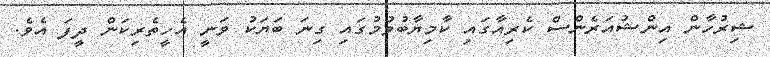
ޝިރުހާން އިންޝުއަރެންސް ކެރިއާގައި ކާމިޔާބުވުމުގައި ގިނަ ބަޔަކު ވަނީ އެހީތެރިކަން ދީފަ އެވެ.